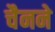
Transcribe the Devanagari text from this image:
चैनने